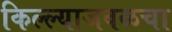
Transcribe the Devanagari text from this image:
किल्ल्याजवळचा